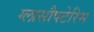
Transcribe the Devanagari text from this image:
ग्लासौपटेरिस